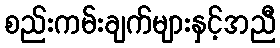
စည်းကမ်းချက်များနှင့်အညီ